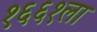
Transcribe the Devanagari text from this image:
१६६१ला